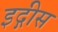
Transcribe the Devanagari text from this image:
इद्गीस